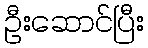
ဦးဆောင်ပြီး